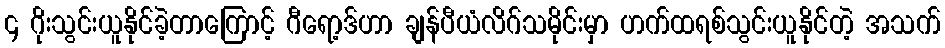
၄ ဂိုးသွင်းယူနိုင်ခဲ့တာကြောင့် ဂီရော့ဒ်ဟာ ချန်ပီယံလိဂ်သမိုင်းမှာ ဟက်ထရစ်သွင်းယူနိုင်တဲ့ အသက်